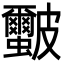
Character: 𭽻